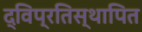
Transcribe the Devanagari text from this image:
द्विप्रतिस्थापित